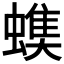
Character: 𧐃